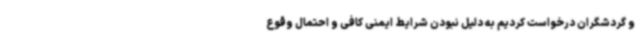
و گردشگران درخواست کردیم به دلیل نبودن شرایط ایمنی کافی و احتمال وقوع